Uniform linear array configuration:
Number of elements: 24
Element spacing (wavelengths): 0.25
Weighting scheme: cosine
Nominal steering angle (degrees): -30
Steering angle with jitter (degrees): -30.915
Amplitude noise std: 0.05
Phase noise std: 0.05

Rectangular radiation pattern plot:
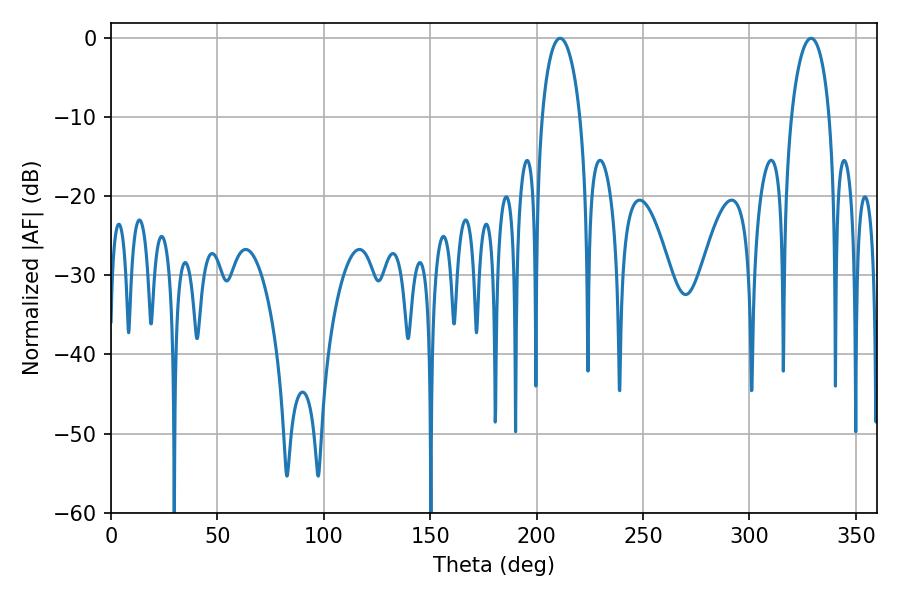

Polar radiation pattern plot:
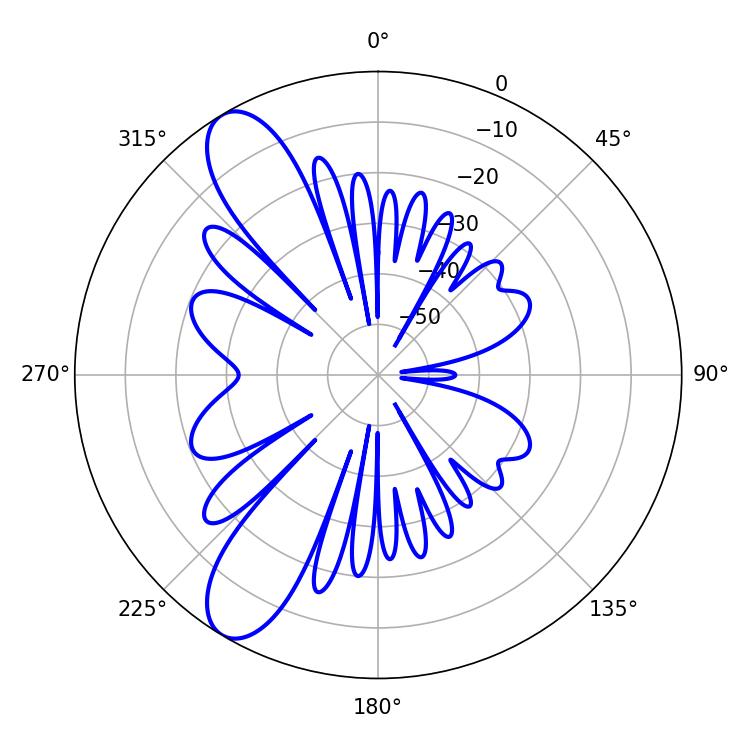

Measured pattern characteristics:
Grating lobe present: FALSE
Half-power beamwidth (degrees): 10.26
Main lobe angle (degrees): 329.04